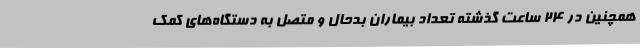
همچنین در 24 ساعت گذشته تعداد بیماران بدحال و متصل به دستگاه‌های کمک